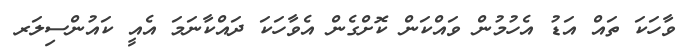
ވާހަކަ ތައް އަޑު އެހުމުން ވައްކަން ކޮށްގެން އެވާހަކަ ދައްކާނަމަ އެއީ ކައުންސިލަރ